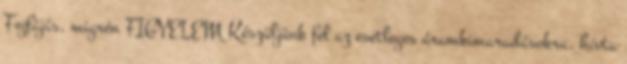
Fejfájás, migrén FIGYELEM Készüljünk fel az esetleges áramkimaradásokra, hívta